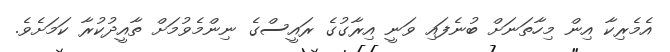
އެމެރިކާ އިން މިހާތަނަށް ބުނެފައި ވަނީ އިރާގުގެ ރައީސްގެ ނިންމެވުމަށް ތާއީދުކުރާ ކަމަށެވެ.